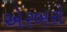
એરબરો